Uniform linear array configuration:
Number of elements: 32
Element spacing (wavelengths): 0.5
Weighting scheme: blackman
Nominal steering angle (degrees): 0
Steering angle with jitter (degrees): -1.36
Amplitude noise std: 0.05
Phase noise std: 0.05

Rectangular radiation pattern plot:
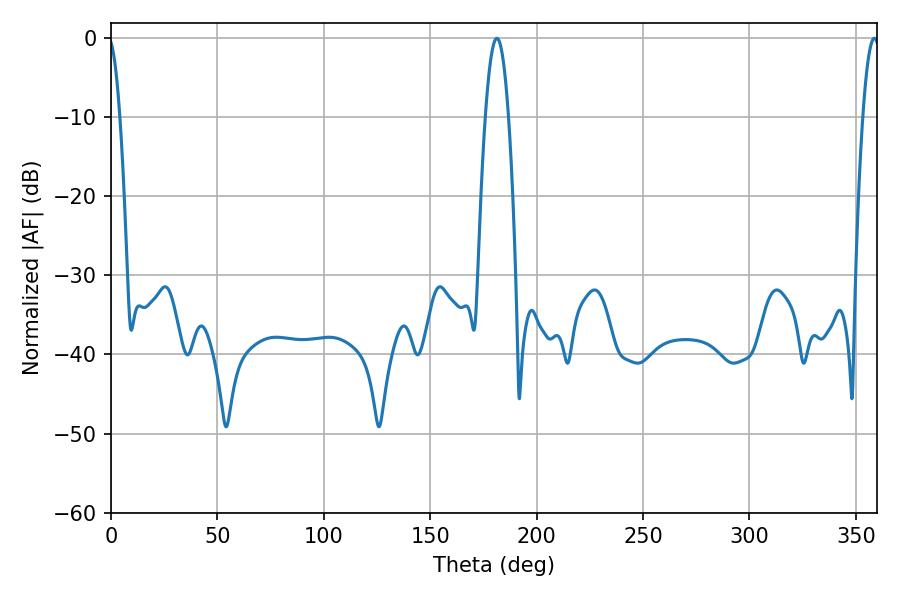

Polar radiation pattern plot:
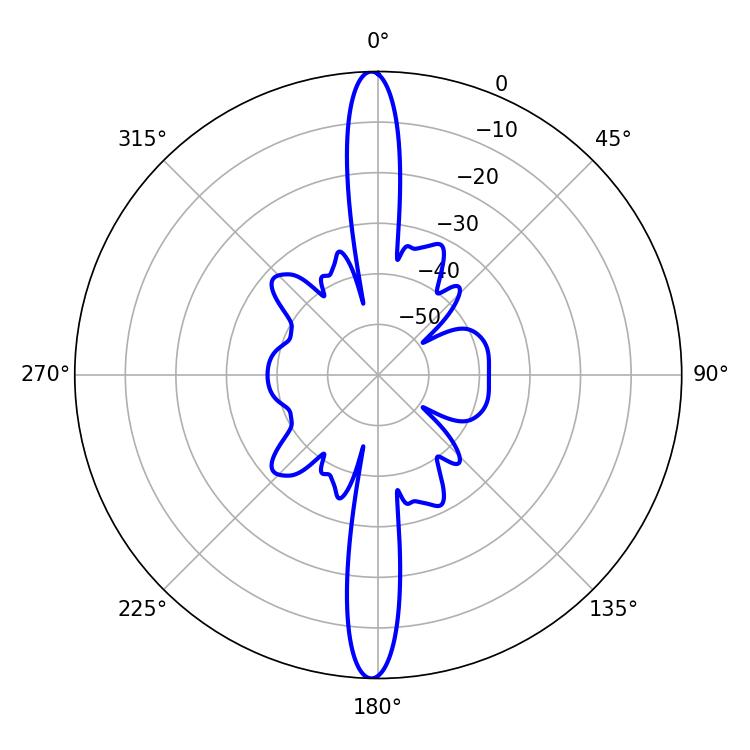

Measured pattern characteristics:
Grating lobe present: FALSE
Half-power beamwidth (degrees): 5.94
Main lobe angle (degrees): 181.26